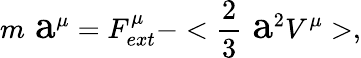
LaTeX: m\mathrm{\Large~a}^{\mu}=F_{ext}^{\mu}-<\frac{2}{3}{\mathrm{\Large~a}}^{2}V^{\mu}>,